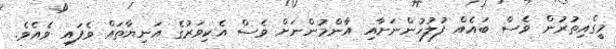
މީގެއިތުރުން ވެސް ބައެއް ފުލުހުންނަށާއި އާންމުންނަށް ވެސް އެކިވަރުގެ އަނިޔާތައް ވެފައި ވެއެވެ.